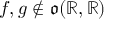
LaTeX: f , g \notin { \mathfrak { o } } ( \mathbb { R } , \mathbb { R } )